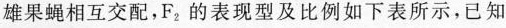
雄果蝇相互交配，F_{2}的表现型及比例如下表所示，已知